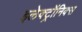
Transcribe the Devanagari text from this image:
इलेक्ट्रॉनिक्स